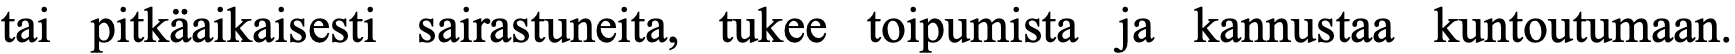
tai pitkäaikaisesti sairastuneita, tukee toipumista ja kannustaa kuntoutumaan.